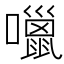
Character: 𡂏